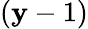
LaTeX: (\mathbf{y}-1)